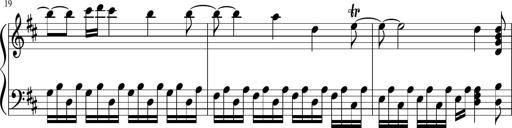
Title: Sonatina di Santa Gemma, JKB 12
Composer: Jason Baruk
Key: F major